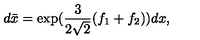
d \bar { x } = \exp ( \frac { 3 } { 2 \sqrt { 2 } } ( f _ { 1 } + f _ { 2 } ) ) d x ,